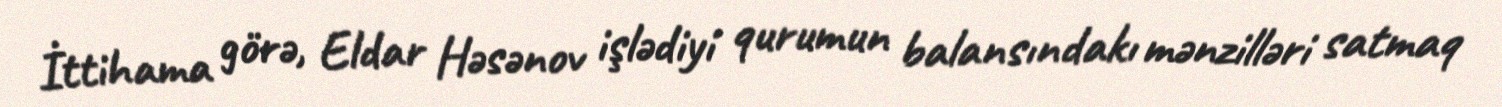
İttihama görə, Eldar Həsənov işlədiyi qurumun balansındakı mənzilləri satmaq